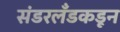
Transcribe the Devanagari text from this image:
संडरलँडकडून